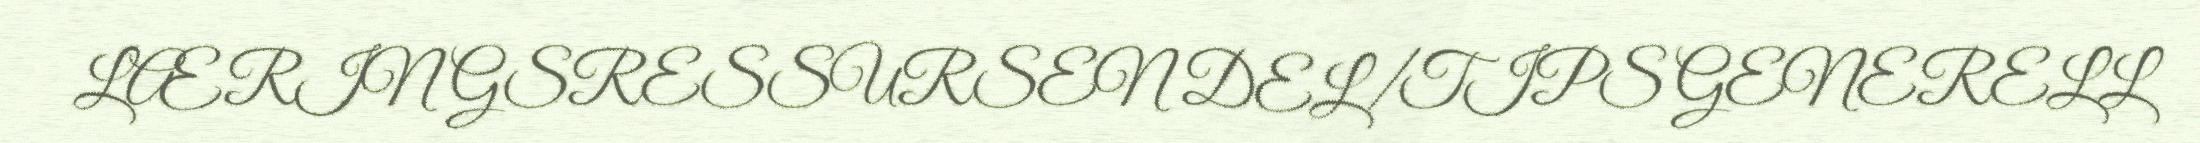
LÆRINGSRESSURSEN DEL/TIPS GENERELL